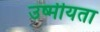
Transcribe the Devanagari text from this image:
उष्मीयता